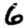
Digit: 6